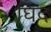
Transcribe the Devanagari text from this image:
घिद